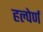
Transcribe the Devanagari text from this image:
हल्पेर्ण